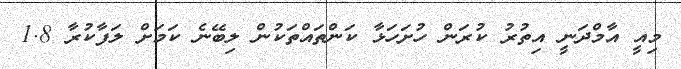
މިއީ އާމްދަނީ އިތުރު ކުރަން ހުށަހަޅާ ކަންތައްތަކުން ލިބޭނެ ކަމަށް ލަފާކުރާ 1.8